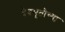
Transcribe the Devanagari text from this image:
देवभूतीच्या